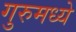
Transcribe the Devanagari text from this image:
गुरुमध्ये